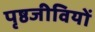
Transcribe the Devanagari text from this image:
पृष्ठजीवियों